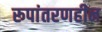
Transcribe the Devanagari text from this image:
रूपांतरणहीन